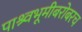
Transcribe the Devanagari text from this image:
पाश्र्वभूमीबरोबरच